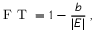
\mathrm { ~ F ~ T ~ } = 1 - \frac { b } { | E | } \; ,